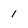
Character: 1